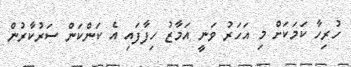
ހުރިހާ ކަމަކަށް މި އަހަރު ވަނީ އަމާޒު ހިފާފައި އެ ކަންކަން ސަރުކާރުން